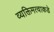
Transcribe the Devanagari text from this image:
व्यक्तिमत्वाकडे